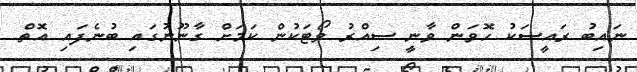
ނައިބު ރައީސަކު ހޮވަން ވާނީ ސިއްރު ވޯޓަކުން ކަމަށް ގާނޫނުގައި ބުނެފައި އޮތް